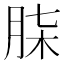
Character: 𮌒